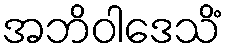
အဘိဝါဒေသိံ